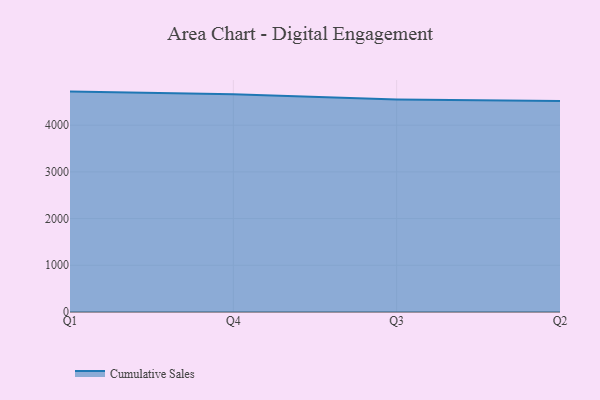
{"axis": {"x": "Quarter", "y": "Population (Million)"}, "legend": ["Cumulative Sales"], "data": [{"x": "Q1", "y": 4718.5, "type": "Cumulative Sales"}, {"x": "Q4", "y": 4663.4, "type": "Cumulative Sales"}, {"x": "Q3", "y": 4551.4, "type": "Cumulative Sales"}, {"x": "Q2", "y": 4515.9, "type": "Cumulative Sales"}]}